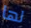
لها